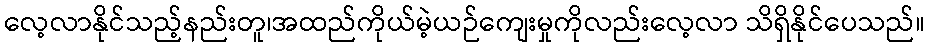
လေ့လာနိုင်သည့်နည်းတူ၊အထည်ကိုယ်မဲ့ယဉ်ကျေးမှုကိုလည်းလေ့လာ သိရှိနိုင်ပေသည်။